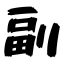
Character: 副